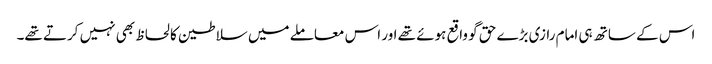
اس کے ساتھ ہی امام رازی بڑے حق گو واقع ہوئے تھے اور اس معاملے میں سلاطین کا لحاظ بھی نہیں کرتے تھے۔